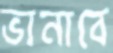
ভানাবে